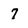
Character: 7